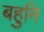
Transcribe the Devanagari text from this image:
बहुनि